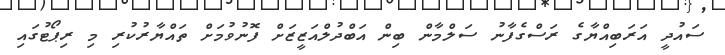
ސައުދީ އަރަބިއްޔާގެ ރަސްގެފާނު ސަލްމާން ބިން އަބްދުލްއަޒީޒަށް ފޮނުވުމަށް ތައްޔާރުކުރި މި ރިޕޯޓުގައި